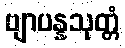
ဗျာပန္နသုတ္တံ